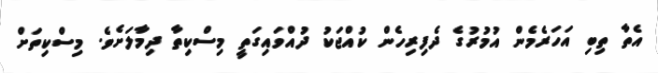
އެތާ ތިބި އަހަރެމެން އުމުރުގެ ދެފިރިހެން ކުއްޖަކު ދުއްވައިގަތީ މިސްކިތާ ދިމާލަށެވެ. މިސްކިތަށް